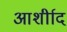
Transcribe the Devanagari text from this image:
आर्शीाद